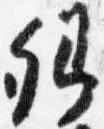
卿